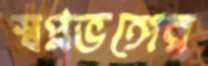
স্বপ্নভঙ্গের